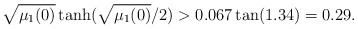
\begin{align*}\sqrt {\mu_1(0)} \tanh (\sqrt{\mu_1(0)}/2)> 0.067 \tan (1.34)=0.29.\end{align*}